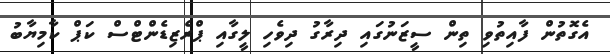
އެގޮތުން ފާއިތުވި ތިން ސީޒަނުގައި ދިރާގު ދިވެހި ލީގާއި ޕްރެޒިޑެންޓްސް ކަޕް ކާމިޔާބު